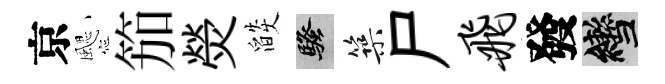
京颸笳熒燄騷築尸飞發轡